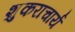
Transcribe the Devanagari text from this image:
शुकराचार्य